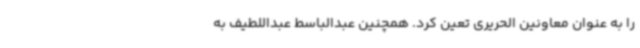
را به عنوان معاونین الحریری تعین کرد. همچنین عبدالباسط عبداللطیف به